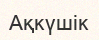
Ақкүшік